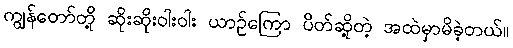
ကျွန်တော်တို့ ဆိုးဆိုးဝါးဝါး ယာဉ်ကြော ပိတ်ဆို့တဲ့ အထဲမှာမိခဲ့တယ်။